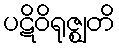
ပဋိဝိရုဇ္ဈတိ